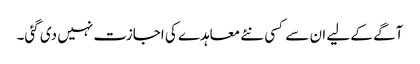
آگے کے لیے ان سے کسی نئے معاہدے کی اجازت نہیں دی گئی۔